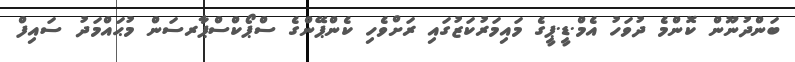
ބަންދުނޫން ކޮންމެ ދުވަހު އެމް.ޑީ.ޕީގެ މައިމަރުކަޒުގައި ރަށްވެހި ކެންޕޭންގެ ސްޕޯކްސްޕާރސަން މުޙައްމަދު ސައިފް